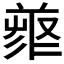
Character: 𠭳